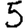
Digit: 5